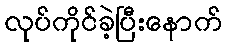
လုပ်ကိုင်ခဲ့ပြီးနောက်